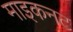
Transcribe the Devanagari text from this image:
माइकनट